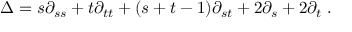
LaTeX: \Delta = s \partial _ { s s } + t \partial _ { t t } + ( s + t - 1 ) \partial _ { s t } + 2 \partial _ { s } + 2 \partial _ { t } \; .